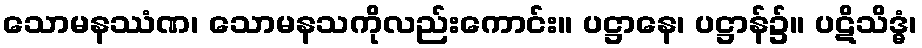
သောမနဿံဏ၊ သောမနသကိုလည်းကောင်း။ ပဋ္ဌာနေ၊ ပဋ္ဌာန်၌။ ပဋိသိဒ္ဓံ၊